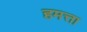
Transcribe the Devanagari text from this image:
हमत्ता